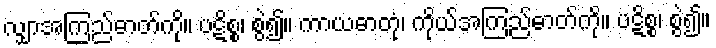
လျှာအကြည်ဓာတ်ကို။ ပဋိစ္စ၊ စွဲ၍။ ကာယဓာတုံ၊ ကိုယ်အကြည်ဓာတ်ကို။ ပဋိစ္စ၊ စွဲ၍။